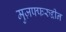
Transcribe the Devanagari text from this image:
मुज़फ्फरुद्दीन